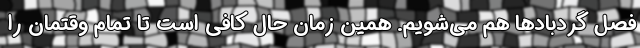
فصل گردبادها هم می‌شویم. همین زمان حال کافی است تا تمام وقتمان را